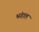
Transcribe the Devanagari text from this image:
भंगाल